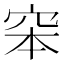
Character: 𥥑